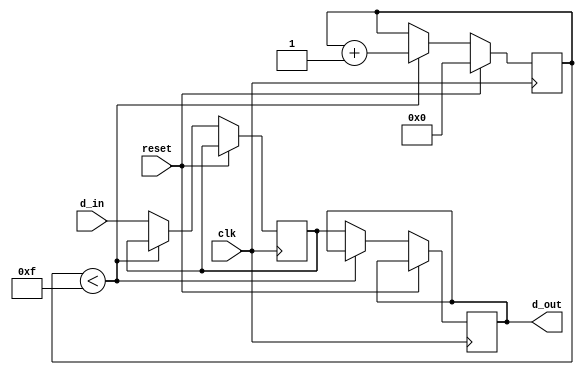
module dff_delay (
    input wire clk,         // Clock input
    input wire reset,       // Reset input
    input wire d_in,        // Data input
    output reg d_out        // Data output
);

reg [3:0] delay_count;
reg d_reg;

always @(posedge clk)
begin
    if (reset)
        delay_count <= 0;
    else if (delay_count < 4'b1111)
        delay_count <= delay_count + 1;
    else
        begin
            d_reg <= d_in;
            d_out <= d_reg;
        end
end

endmodule